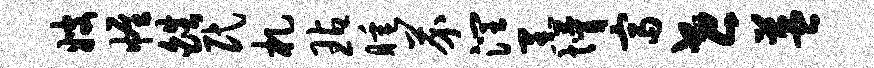
嫂帷皓民札玷睡芥润黑懵富世益